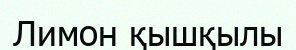
Лимон қышқылы